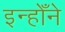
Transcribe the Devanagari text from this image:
इन्होँने